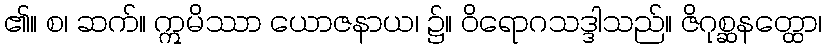
၏။ စ၊ ဆက်။ ဣမိဿာ ယောဇနာယ၊ ၌။ ဝိရောဂသဒ္ဒါသည်။ ဇိဂုစ္ဆနတ္ထော၊